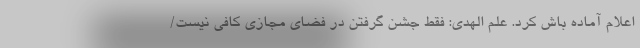
اعلام آماده باش کرد. علم الهدی: فقط جشن گرفتن در فضای مجازی کافی نیست/